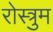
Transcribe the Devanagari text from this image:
रोस्त्रुम